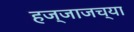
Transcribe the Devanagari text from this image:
हज्जाजच्या